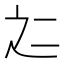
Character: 𱍻